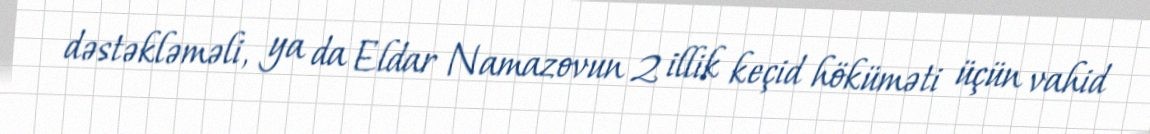
dəstəkləməli, ya da Eldar Namazovun 2 illik keçid höküməti üçün vahid